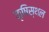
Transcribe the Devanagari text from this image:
कृषिस्थल